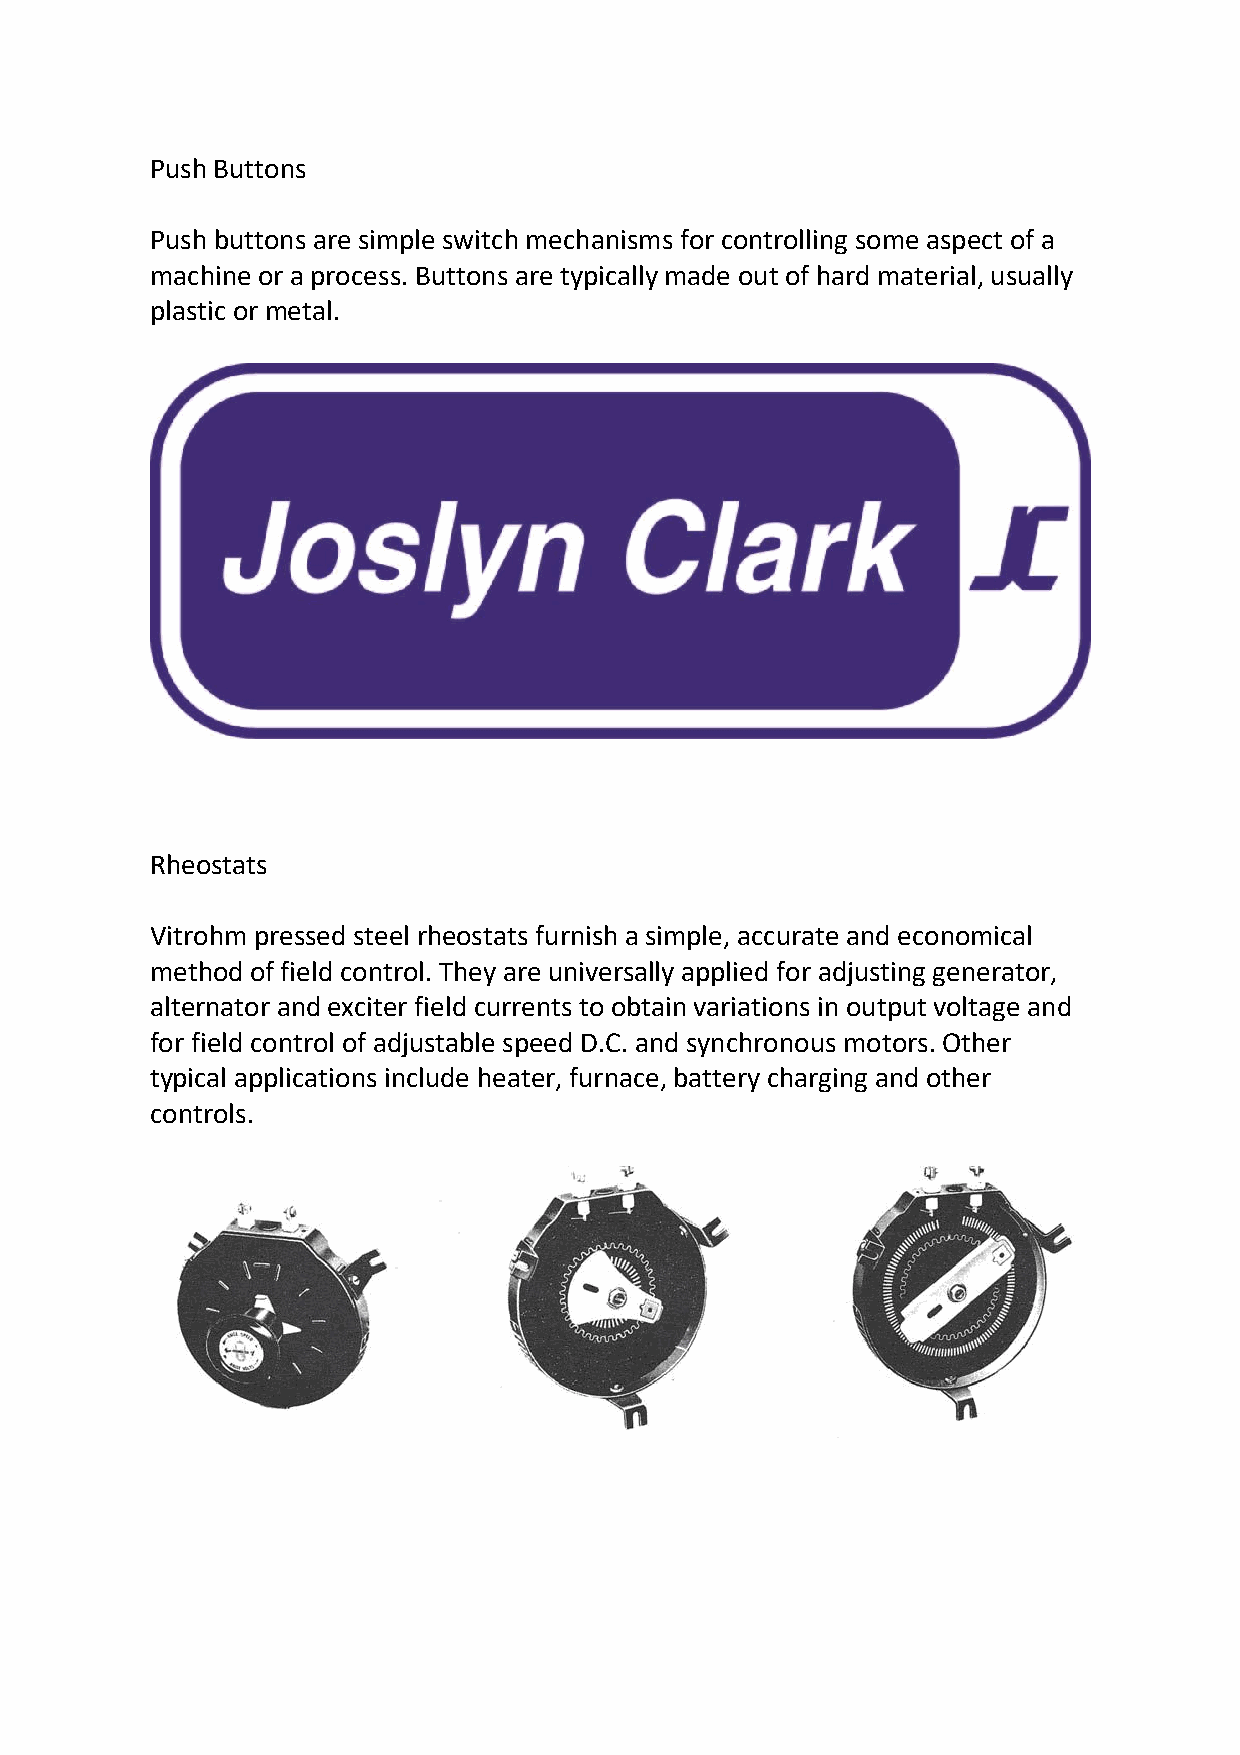
Push Buttons
 Push buttons are simple switch mechanisms for controlling some aspect of a
 machine or a process. Buttons are typically made out of hard material, usually
 plastic or metal.
 Rheostats
 Vitrohm pressed steel rheostats furnish a simple, accurate and economical
 method of field control. They are universally applied for adjusting generator,
 alternator and exciter field currents to obtain variations in output voltage and
 for field control of adjustable speed D.C. and synchronous motors. Other
 typical applications include heater, furnace, battery charging and other
 controls.